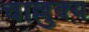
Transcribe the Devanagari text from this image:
चाल्लुक्य